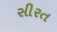
સીરત